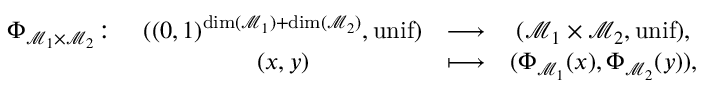
\begin{array} { c c c c } { \Phi _ { \mathcal { M } _ { 1 } \times \mathcal { M } _ { 2 } } \colon } & { ( ( 0 , 1 ) ^ { \dim ( \mathcal { M } _ { 1 } ) + \dim ( \mathcal { M } _ { 2 } ) } , \operatorname { u n i f } ) } & { \longrightarrow } & { ( \mathcal { M } _ { 1 } \times \mathcal { M } _ { 2 } , \operatorname { u n i f } ) , } \\ & { ( x , y ) } & { \longmapsto } & { ( \Phi _ { \mathcal { M } _ { 1 } } ( x ) , \Phi _ { \mathcal { M } _ { 2 } } ( y ) ) , } \end{array}